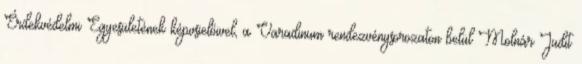
Érdekvédelmi Egyesületének képvsielőivel, a Varadinum rendezvénysorozaton belül Molnár Judit